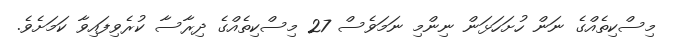
މިސްކިތެއްގެ ނަން ހުށަހަޅަން ނިންމި ނަމަވެސް 27 މިސްކިތެއްގެ ދިރާސާ ކުރެވިފައިވާ ކަމަށެވެ.